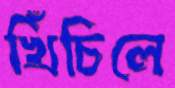
খিঁচিলে